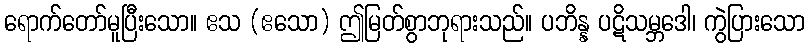
ရောက်တော်မူပြီးသော။ ဧသ (ဧသော) ဤမြတ်စွာဘုရားသည်။ ပဘိန္န ပဋိသမ္ဘဒေါ၊ ကွဲပြားသော